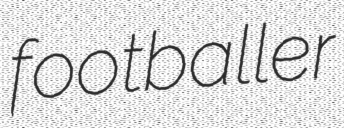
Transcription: footballer